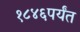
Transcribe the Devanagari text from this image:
१८४६पर्यंत